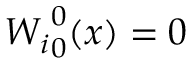
{ W _ { i } } _ { 0 } ^ { 0 } ( x ) = 0